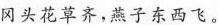
冈头花草齐，燕子东西飞。